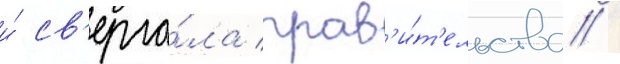
и́ св'ерга́ла прав'и́т'ельства /